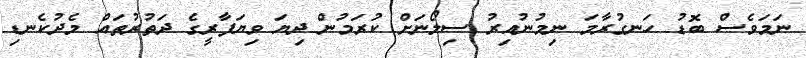
ނަމަވެސް ބޮޑު ހަނގުރާމަ ނިމުނުއިރު ސިލޯނަށް ކުރަމުން ދިޔަ ވިޔަފާރީގެ ދަތުރުތައް މެދުކެނޑި